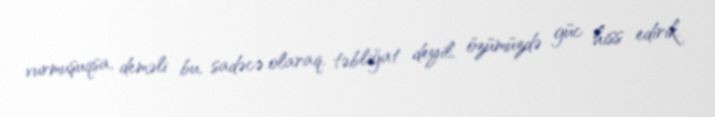
vurmuşuqsa, deməli bu, sadəcə olaraq, təbliğat deyil, özümüzdə güc hiss edirik.